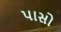
પાસો